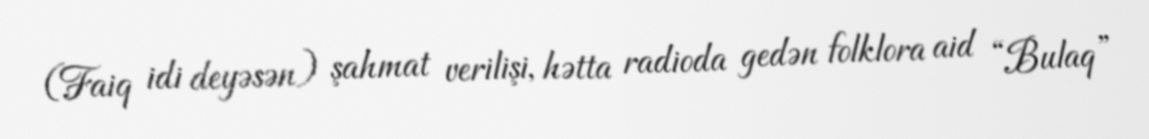
(Faiq idi deyəsən) şahmat verilişi, hətta radioda gedən folklora aid “Bulaq”